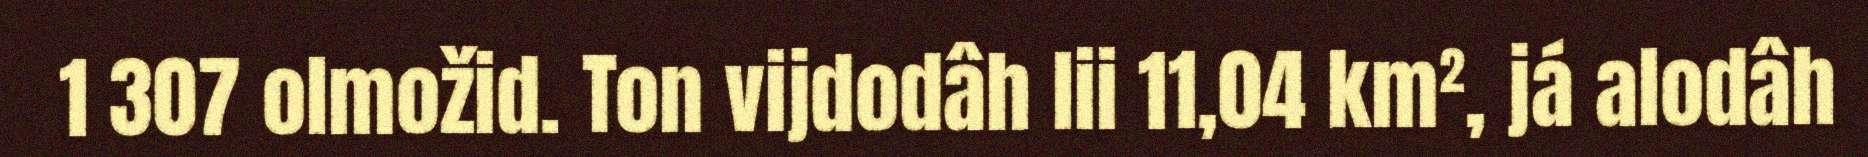
1 307 olmožid. Ton vijdodâh lii 11,04 km², já alodâh